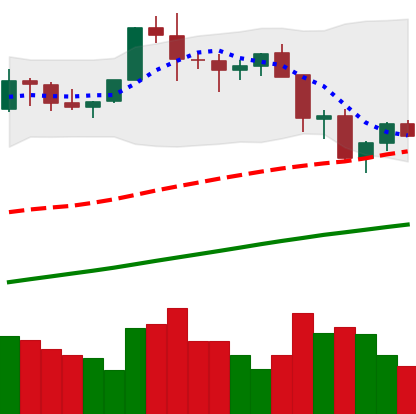
Ticker: BTC-USD
Chart end date: 2021-11-21
Forward return: -8.787%
Label: down_7plus